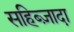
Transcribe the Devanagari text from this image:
सहिब्ज़ादा